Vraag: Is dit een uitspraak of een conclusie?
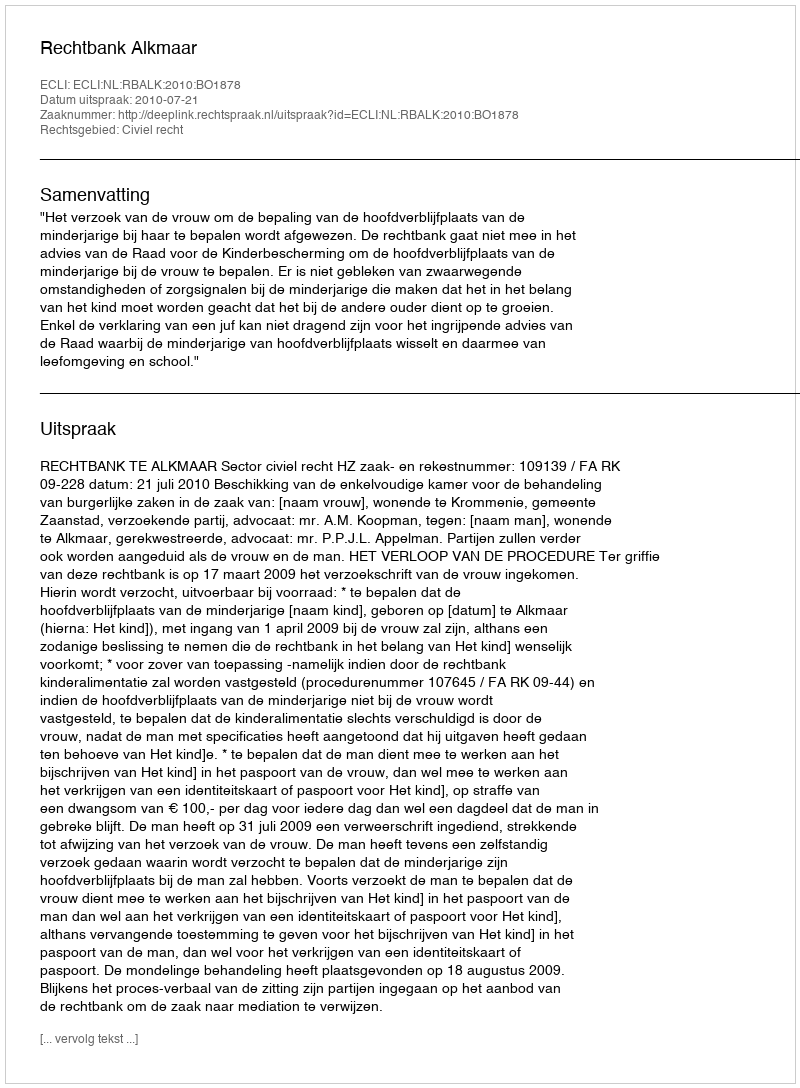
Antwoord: Uitspraak